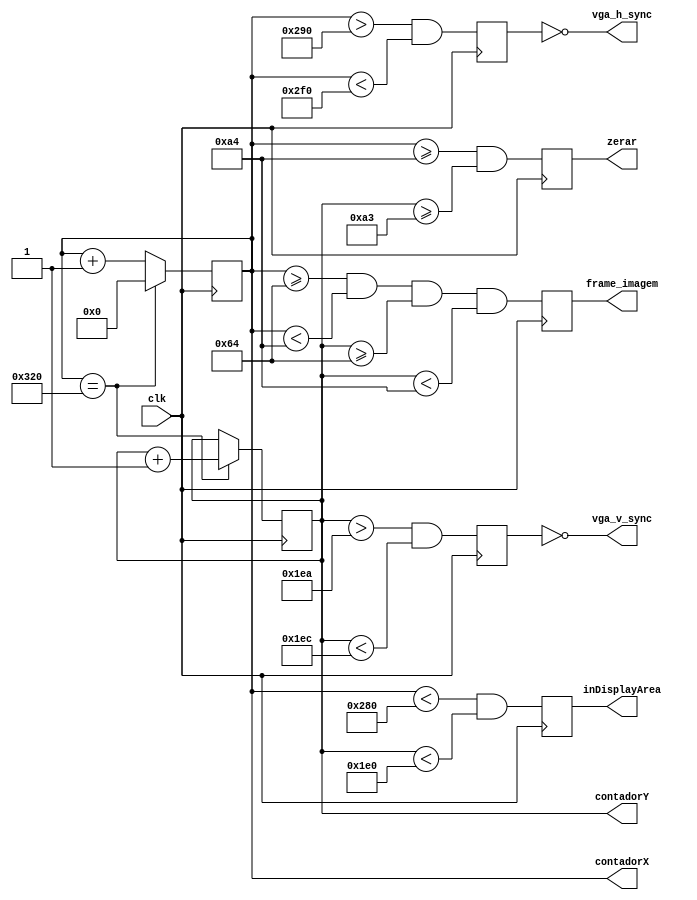
module hvsync_generator(
    input clk,
    output vga_h_sync,
    output vga_v_sync,
    output reg inDisplayArea,
    output reg zerar,
    output reg frame_imagem,
    output reg [9:0] contadorX,
    output reg [8:0] contadorY
  );
  
    reg vga_HS, vga_VS;

    wire fim_frame_x = (contadorX == 800); // 16 + 48 + 96 + 640
    wire fim_frame_y = (contadorY == 525); // 10 + 2 + 33 + 480

    always @(posedge clk)
    if (fim_frame_x)
      contadorX <= 0;
    else
      contadorX <= contadorX + 1;

    always @(posedge clk)
    begin
      if (fim_frame_x)
      begin
        if(fim_frame_y)
          contadorY <= 0;
        else
          contadorY <= contadorY + 1;
      end
    end

    always @(posedge clk)
    begin
      vga_HS <= (contadorX > (640 + 16) && (contadorX < (640 + 16 + 96)));   // active for 96 clocks
      vga_VS <= (contadorY > (480 + 10) && (contadorY < (480 + 10 + 2)));   // active for 2 clocks
    end

    always @(posedge clk)
    begin
        frame_imagem <= contadorX >= 100 && contadorX < 164 && contadorY >= 100 && contadorY < 164;
        zerar  <= (contadorX >= 164 && contadorY >= 163);
        inDisplayArea <= (contadorX < 640) && (contadorY < 480);
    end

    assign vga_h_sync = ~vga_HS;
    assign vga_v_sync = ~vga_VS;

endmodule